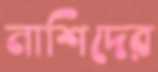
নাশিদের